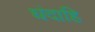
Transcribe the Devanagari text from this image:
धंदाहि